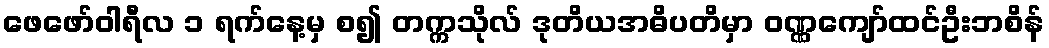
ဖေဖော်ဝါရီလ ၁ ရက်နေ့မှ စ၍ တက္ကသိုလ် ဒုတိယအဓိပတိမှာ ဝဏ္ဏကျော်ထင်ဦးဘစိန်